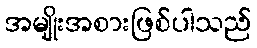
အမျိုးအစားဖြစ်ပါသည်